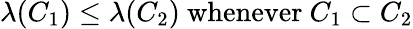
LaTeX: \lambda(C_{1})\leq\lambda(C_{2}){\mathrm{~whenever~}}C_{1}\subset C_{2}